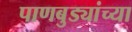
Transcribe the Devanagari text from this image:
पाणबुड्यांच्या